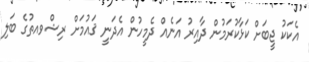
އެކަކު ޖީބަށް ކަޅާކުރަމުން ދާއިރު އަނެއް ދެމީހުން އެދަނީ ޤައުމަށް ރިޝްވއތުގެ ބަލި